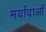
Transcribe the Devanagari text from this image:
मर्यादाआें